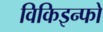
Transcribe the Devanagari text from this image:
विकिइन्फो